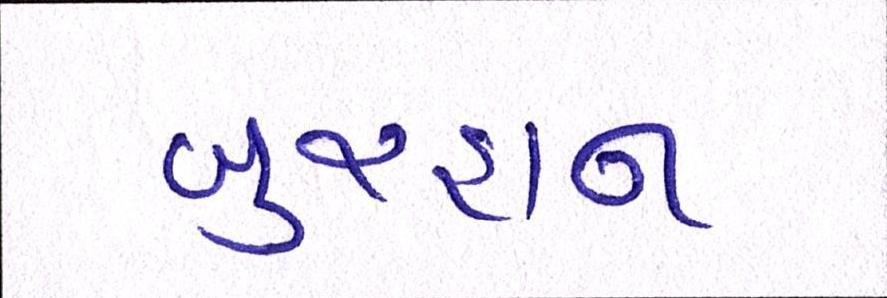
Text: બુરહાન